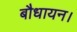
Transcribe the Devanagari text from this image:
बौधायन।